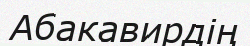
Абакавирдің